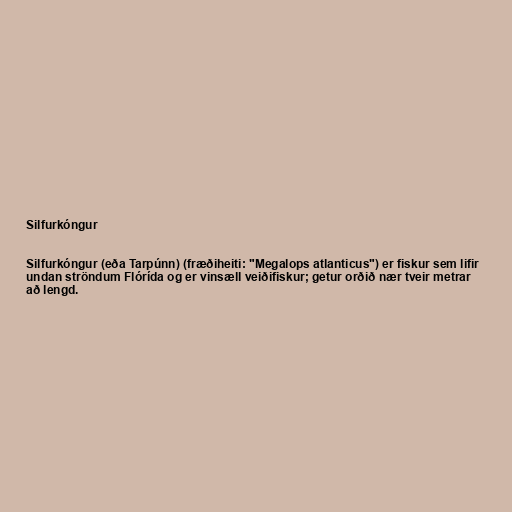
Silfurkóngur

Silfurkóngur (eða Tarpúnn) (fræðiheiti: "Megalops atlanticus") er fiskur sem lifir
undan ströndum Flórída og er vinsæll veiðifiskur; getur orðið nær tveir metrar
að lengd.